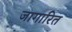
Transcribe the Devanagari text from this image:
जागारित